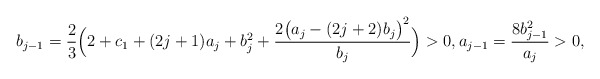
\begin{align*}b_{j-1}=\frac{2}{3}\Big(2+c_1+(2j+1)a_{j}+b_j^2+\frac{2\big(a_j-(2j+2)b_j\big)^2}{b_j}\Big)>0, a_{j-1}=\frac{8b_{j-1}^2}{a_{j}}>0,\end{align*}